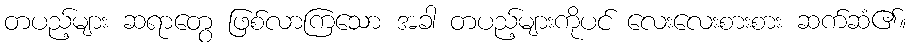
တပည့်များ ဆရာတွေ ဖြစ်လာကြသော အခါ တပည့်များကိုပင် လေးလေးစားစား ဆက်ဆံ၏။